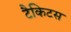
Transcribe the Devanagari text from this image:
टैकिटस